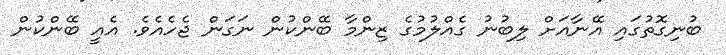
ބުނިގޮތުގައި އޭނާއަށް ލިބުނު ގެއްލުމުގެ ޒިންމާ ބޭންކުން ނަގަން ޖެހެއެވެ. އެއީ ބޭންކުން